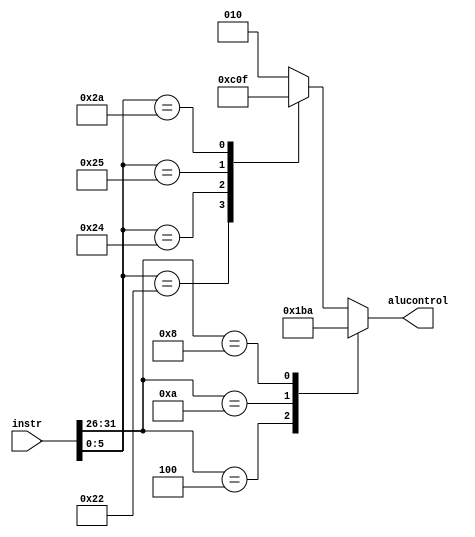
module controlcodes (
	input  [31:0] instr     ,
	output [ 2:0] alucontrol
);

	reg [2:0] alucontrol;

	always @(instr) begin
		casex ({instr[31:26], instr[5:0]})
			// Sets the value of alucontrol based on which function we are doing (found from the opcode and funct field)
			12'b000100xxxxxx : alucontrol = 3'b110; // x's since we don't care about the values there
			12'b001010xxxxxx : alucontrol = 3'b111;
			12'b001000xxxxxx : alucontrol = 3'b010;
			12'bxxxxxx100000 : alucontrol = 3'b010;
			12'bxxxxxx100010 : alucontrol = 3'b110;
			12'bxxxxxx100100 : alucontrol = 3'b000;
			12'bxxxxxx100101 : alucontrol = 3'b001;
			12'bxxxxxx101010 : alucontrol = 3'b111;
			default          : alucontrol = 3'b010;
		endcase
	end

endmodule